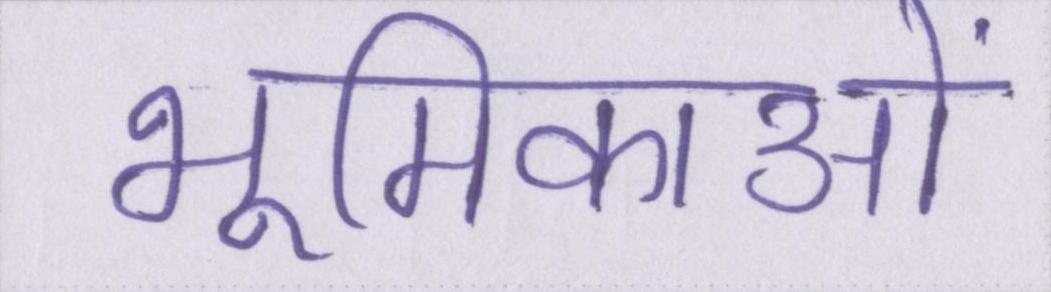
भूमिकाओं